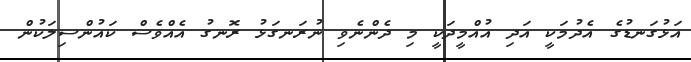
އަޅުގަނޑުގެ އެދުމަކީ އަދި އުއްމީދަކީ މި ދެންނެވި ނުރަނގަޅު ރޮނގު އެއްވެސް ކައުންސިލަކުން